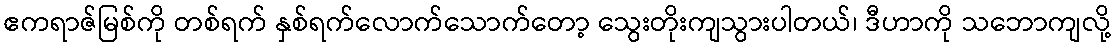
ဧကရာဇ်မြစ်ကို တစ်ရက် နှစ်ရက်လောက်သောက်တော့ သွေးတိုးကျသွားပါတယ်၊ ဒီဟာကို သဘောကျလို့